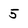
Character: 5